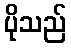
ပိုသည်